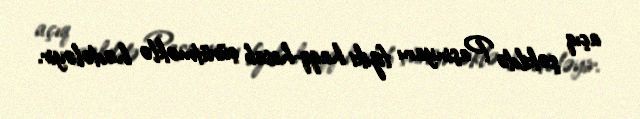
açıq şəkildə Paşinyanı fiziki haqq-hesab çürütməklə hədələyir.